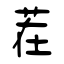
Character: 茬